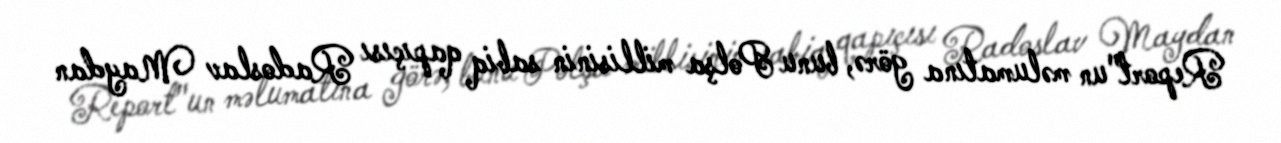
Report"un məlumatına görə, bunu Polşa millisinin sabiq qapıçısı Radoslav Maydan